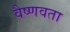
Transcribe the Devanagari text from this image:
वैष्णवता